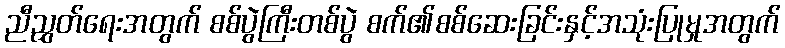
ညီညွှတ်ရေးအတွက် စစ်ပွဲကြီးတစ်ပွဲ စက်၏စစ်ဆေးခြင်းနှင့်အသုံးပြုမှုအတွက်